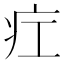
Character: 疘